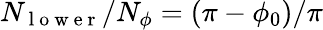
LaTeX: N_{\mathrm{~l~o~w~e~r~}}/N_{\phi}=(\pi-\phi_{0})/\pi